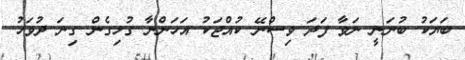
ބަޔަކު ބުނަނީ ނަވާ ފަދަ ވިސްނޭ ކުއްޖަކު އަހަންނާ ގުޅިގެން ގިނަ ދުވަހު